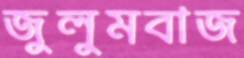
জুলুমবাজ